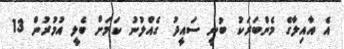
އެ އާއިލާގެ މެންބަރަކު ބުނީ ސައީދު ގެއްލުނު ކަމަށް ބެލީ އުމުރުން 13